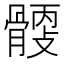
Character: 𩩹